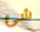
شئ